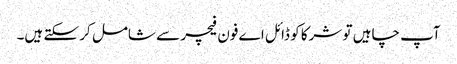
آپ چاہیں تو شرکا کو ڈائل ا ے فون فیچر سے شامل کر سکتے ہیں۔